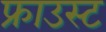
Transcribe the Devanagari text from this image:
फ्राउस्ट